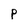
Character: P